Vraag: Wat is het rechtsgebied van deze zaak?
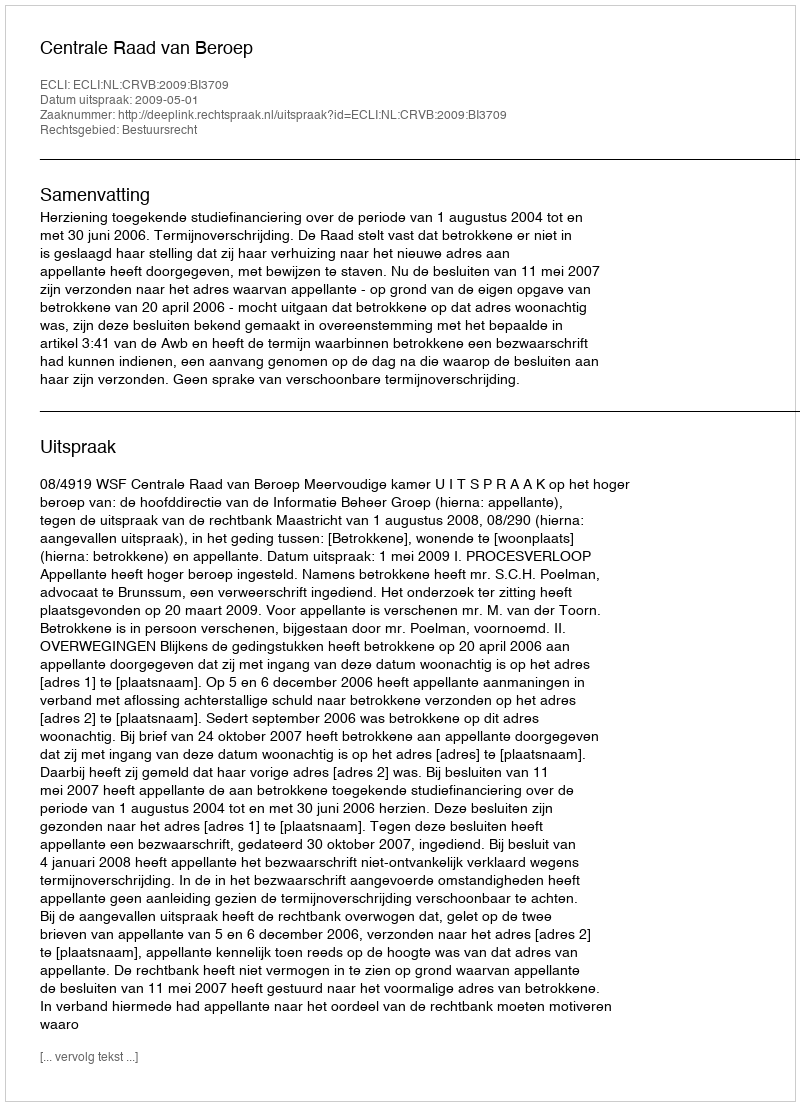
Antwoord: Bestuursrecht